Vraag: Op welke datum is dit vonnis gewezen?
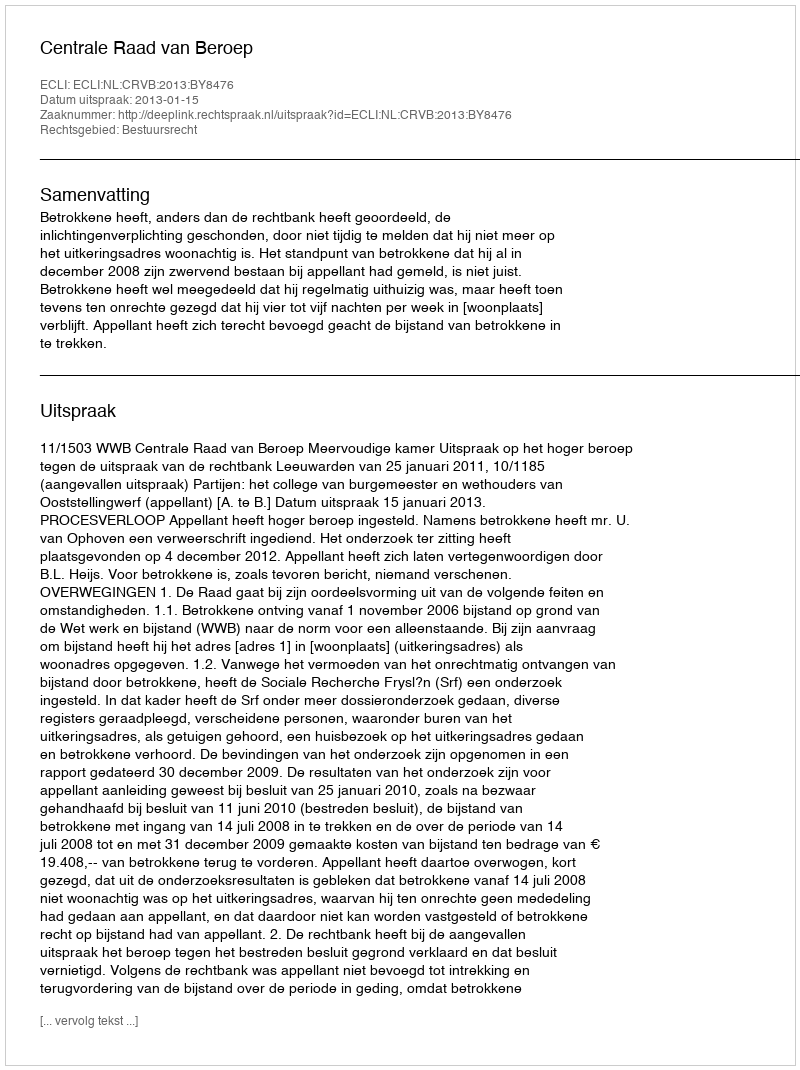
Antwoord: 2013-01-15